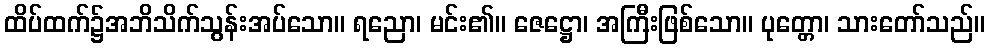
ထိပ်ထက်၌အဘိသိက်သွန်းအပ်သော။ ရညော၊ မင်း၏။ ဇေဋ္ဌော၊ အကြီးဖြစ်သော။ ပုတ္တော၊ သားတော်သည်။